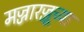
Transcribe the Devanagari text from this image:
मज्जारज्जूच्या